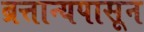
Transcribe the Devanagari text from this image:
ब्रत्तान्यपासून